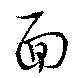
面